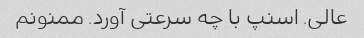
عالی. اسنپ با چه سرعتی آورد. ممنونم